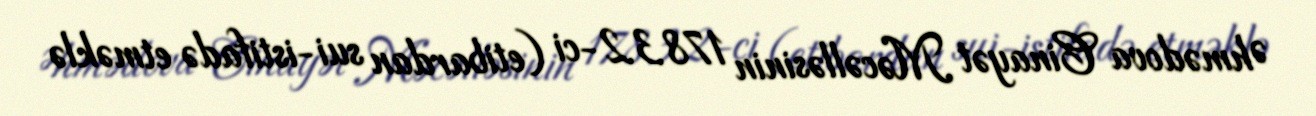
Əhmədova Cinayət Məcəlləsinin 178.3.2-ci (etibardan sui-istifadə etməklə